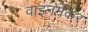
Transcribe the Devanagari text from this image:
वाइनमेकर